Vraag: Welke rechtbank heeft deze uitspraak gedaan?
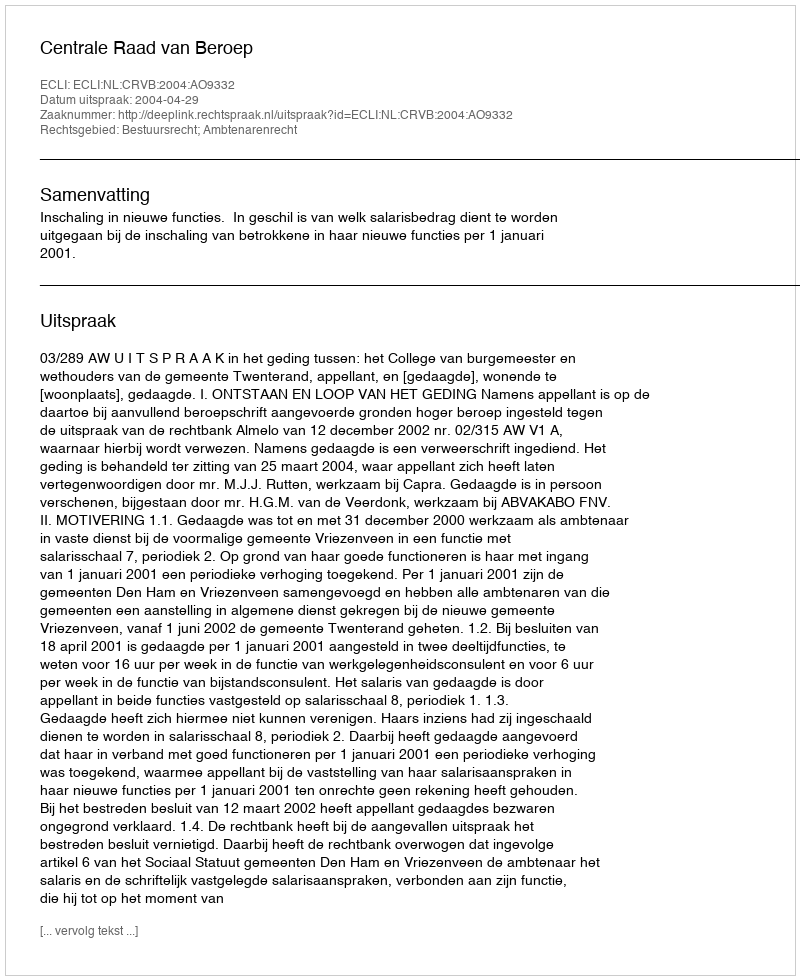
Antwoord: Centrale Raad van Beroep